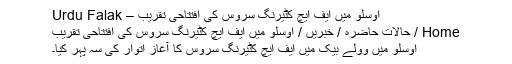
اوسلو میں ایف ایچ کٹیرنگ سروس کی افتتاحی تقریب – Urdu Falak
Home / حالات حاضرہ / خبریں / اوسلو میں ایف ایچ کٹیرنگ سروس کی افتتاحی تقریب
اوسلو میں وولے بیکّ میں ایف ایچ کٹیرنگ سروس کا آغاز اتوار کی سہ پہر کیا۔